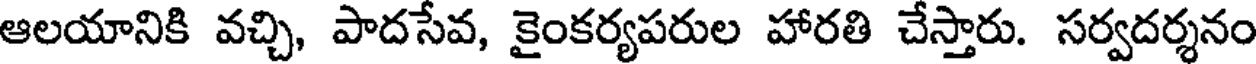
ఆలయానికి వచ్చి, పాదసేవ, కైంకర్యపరుల హారతి చేస్తారు. సర్వదర్శనం